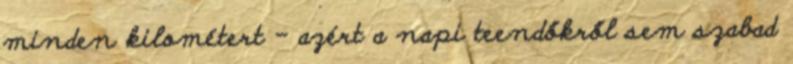
minden kilométert – azért a napi teendőkről sem szabad